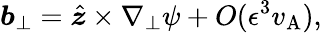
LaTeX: \boldsymbol{b}_{\perp}=\hat{\boldsymbol{z}}\times\nabla_{\perp}\psi+O(\epsilon^{3}v_{\mathrm{A}}),